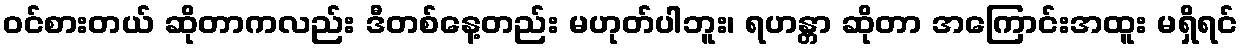
ဝင်စားတယ် ဆိုတာကလည်း ဒီတစ်နေ့တည်း မဟုတ်ပါဘူး၊ ရဟန္တာ ဆိုတာ အကြောင်းအထူး မရှိရင်